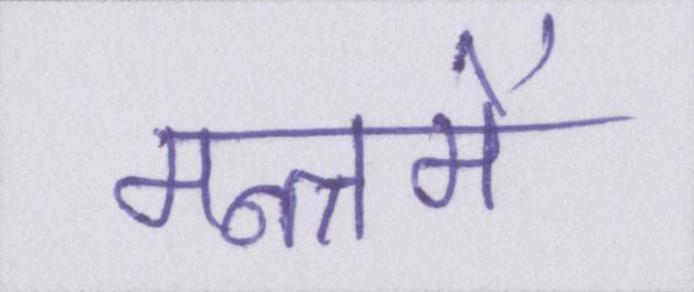
मन्त्रमें